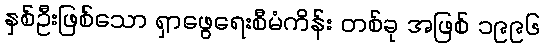
နှစ်ဦးဖြစ်သော ရှာဖွေရေးစီမံကိန်း တစ်ခု အဖြစ် ၁၉၉၆